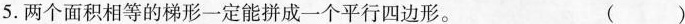
5.两个面积相等的梯形一定能拼成一个平行四边形。 ()